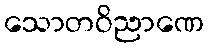
သောတဝိညာဏေ